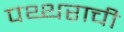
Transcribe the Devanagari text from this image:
पथ्थराची